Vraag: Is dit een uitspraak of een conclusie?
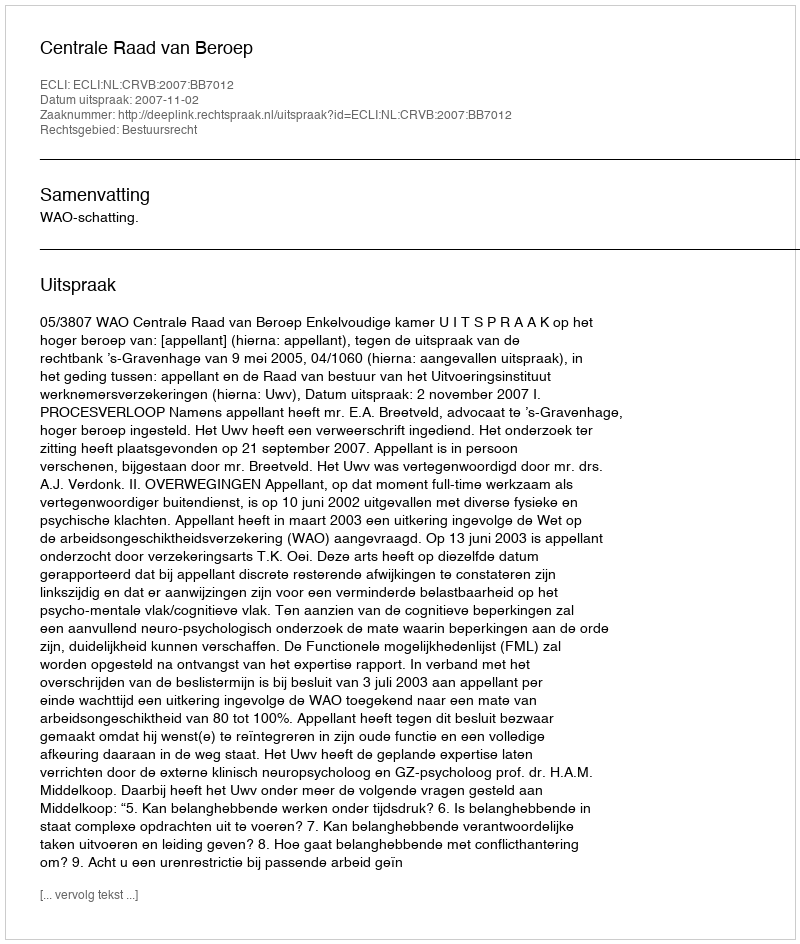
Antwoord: Uitspraak